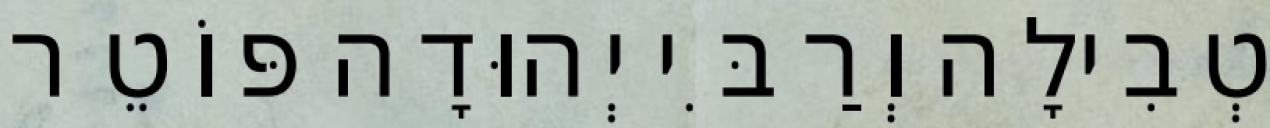
טְבִילָה וְרַבִּי יְהוּדָה פּוֹטֵר